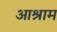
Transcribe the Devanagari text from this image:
आश्राम